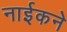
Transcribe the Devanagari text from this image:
नाईकने